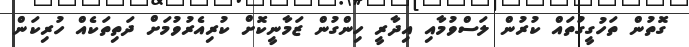
ގޮތުން ތަހުގީގުތައް ކުރުން ލަސްވުމާއި އިދާރީ ހިންގުން ޒަމާނީކޮށް ކުރިއެރުވުމަށް ދަތިތަކެއް ހުރިކަން